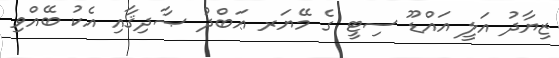
ޒިޔާދު އަލީ އައްޑޫ ސިޓީ ގެ މޭޔަރ ޢަބްދު ޞާދިޤާއި އެކު ބޭއްވި